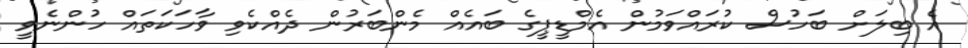
އެ ބިލަށް ބަހުސް ކުރައްވަމުން އެމްޑީޕީގެ ބައެއް މެންބަރުން ދެއްކެވި ވާހަކަތައް ހުންނެވީ